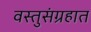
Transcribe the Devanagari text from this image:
वस्तुसंग्रहात